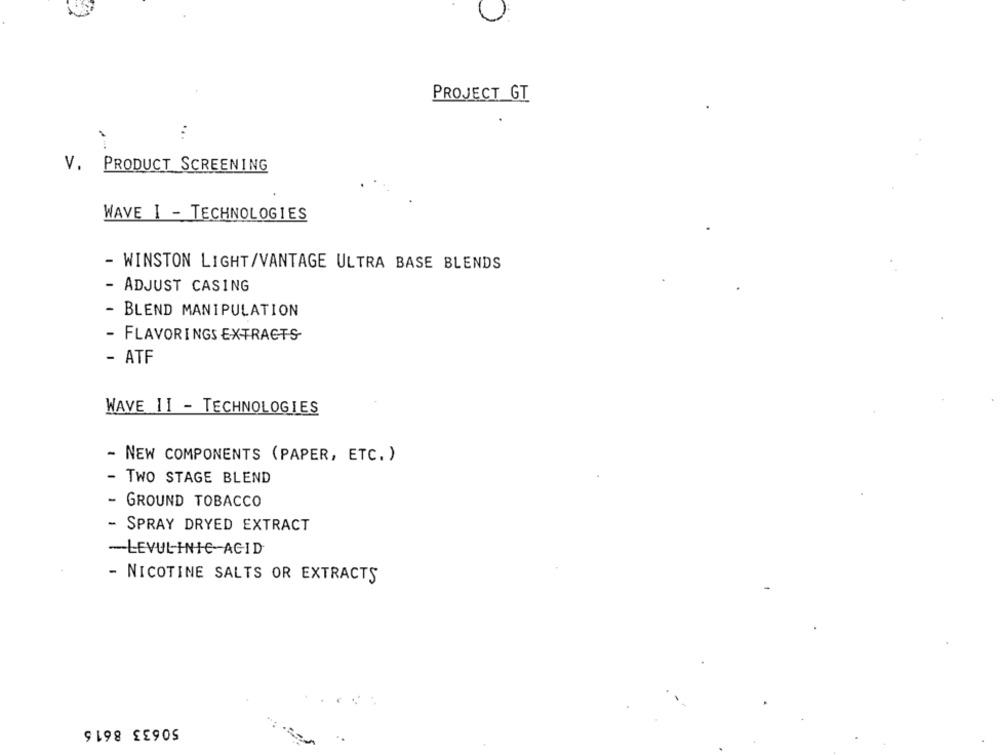
PROJECT GT
...
V. PRODUCT SCREENING
WAVE I - TECHNOLOGIES
- WINSTON LIGHT/VANTAGE ULTRA BASE BLENDS
- ADJUST CASING
- BLEND MANIPULATION
- FLAVORINGS EXTRACTS
- ATF
WAVE 11 - TECHNOLOGIES
- NEW COMPONENTS (PAPER, ETC. )
TWO STAGE BLEND
GROUND TOBACCO
- SPRAY DRYED EXTRACT
-LEVULINIC ACID
- NICOTINE SALTS OR EXTRACTS
50633 8616